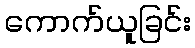
ကောက်ယူခြင်း